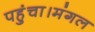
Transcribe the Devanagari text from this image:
पहुंचा।मंगल